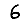
Digit: 6